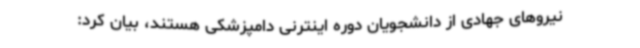
نیروهای جهادی از دانشجویان دوره اینترنی دامپزشکی هستند، بیان کرد: